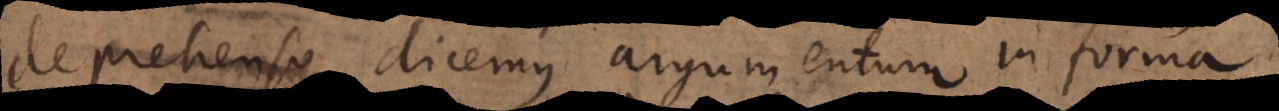
deprehenso dicemus argumentum in forma